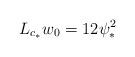
LaTeX: \begin{align*}L_{c_*} w_0 = 12 \psi_*^2\end{align*}